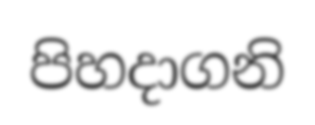
පිහදාගනි